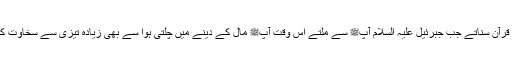
آپﷺ انہیں قرآن سناتے جب جبرئیل علیہ السلام آپﷺ سے ملتے اس وقت آپﷺ مال کے دینے میں چلتی ہوا سے بھی زیادہ تیزی سے سخاوت کرتے تھے۔